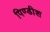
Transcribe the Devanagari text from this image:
पिण्डीश